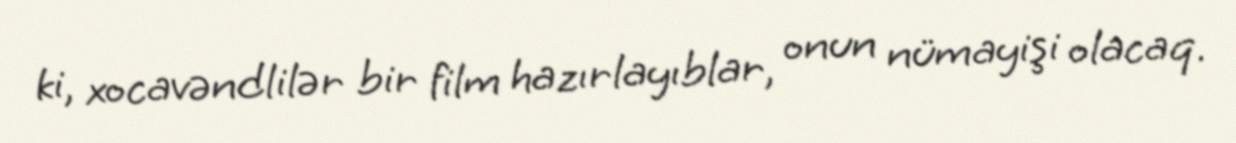
ki, xocavəndlilər bir film hazırlayıblar, onun nümayişi olacaq.